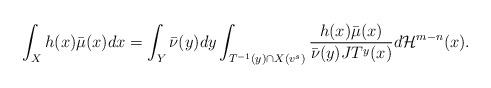
LaTeX: \begin{align*}\int_{X}h(x) \bar \mu(x) dx=\int_Y\bar \nu(y)dy\int_{T^{-1}(y) \cap X(v^s)}\frac{h(x)\bar \mu(x)}{\bar \nu(y)JT^y(x)}d\mathcal H^{m-n}(x).\end{align*}